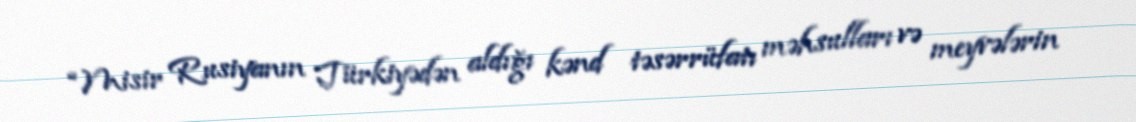
“Misir Rusiyanın Türkiyədən aldığı kənd təsərrüfatı məhsulları və meyvələrin